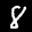
Label: 8